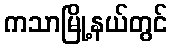
ကသာမြို့နယ်တွင်